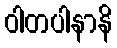
ဝါတပါနာနိ